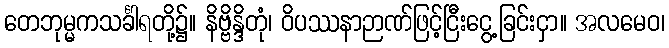
တေဘုမ္မကသင်္ခါရတို့၌။ နိဗ္ဗိန္ဒိတုံ၊ ဝိပဿနာဉာဏ်ဖြင့်ငြီးငွေ့ခြင်းငှာ။ အလမေဝ၊